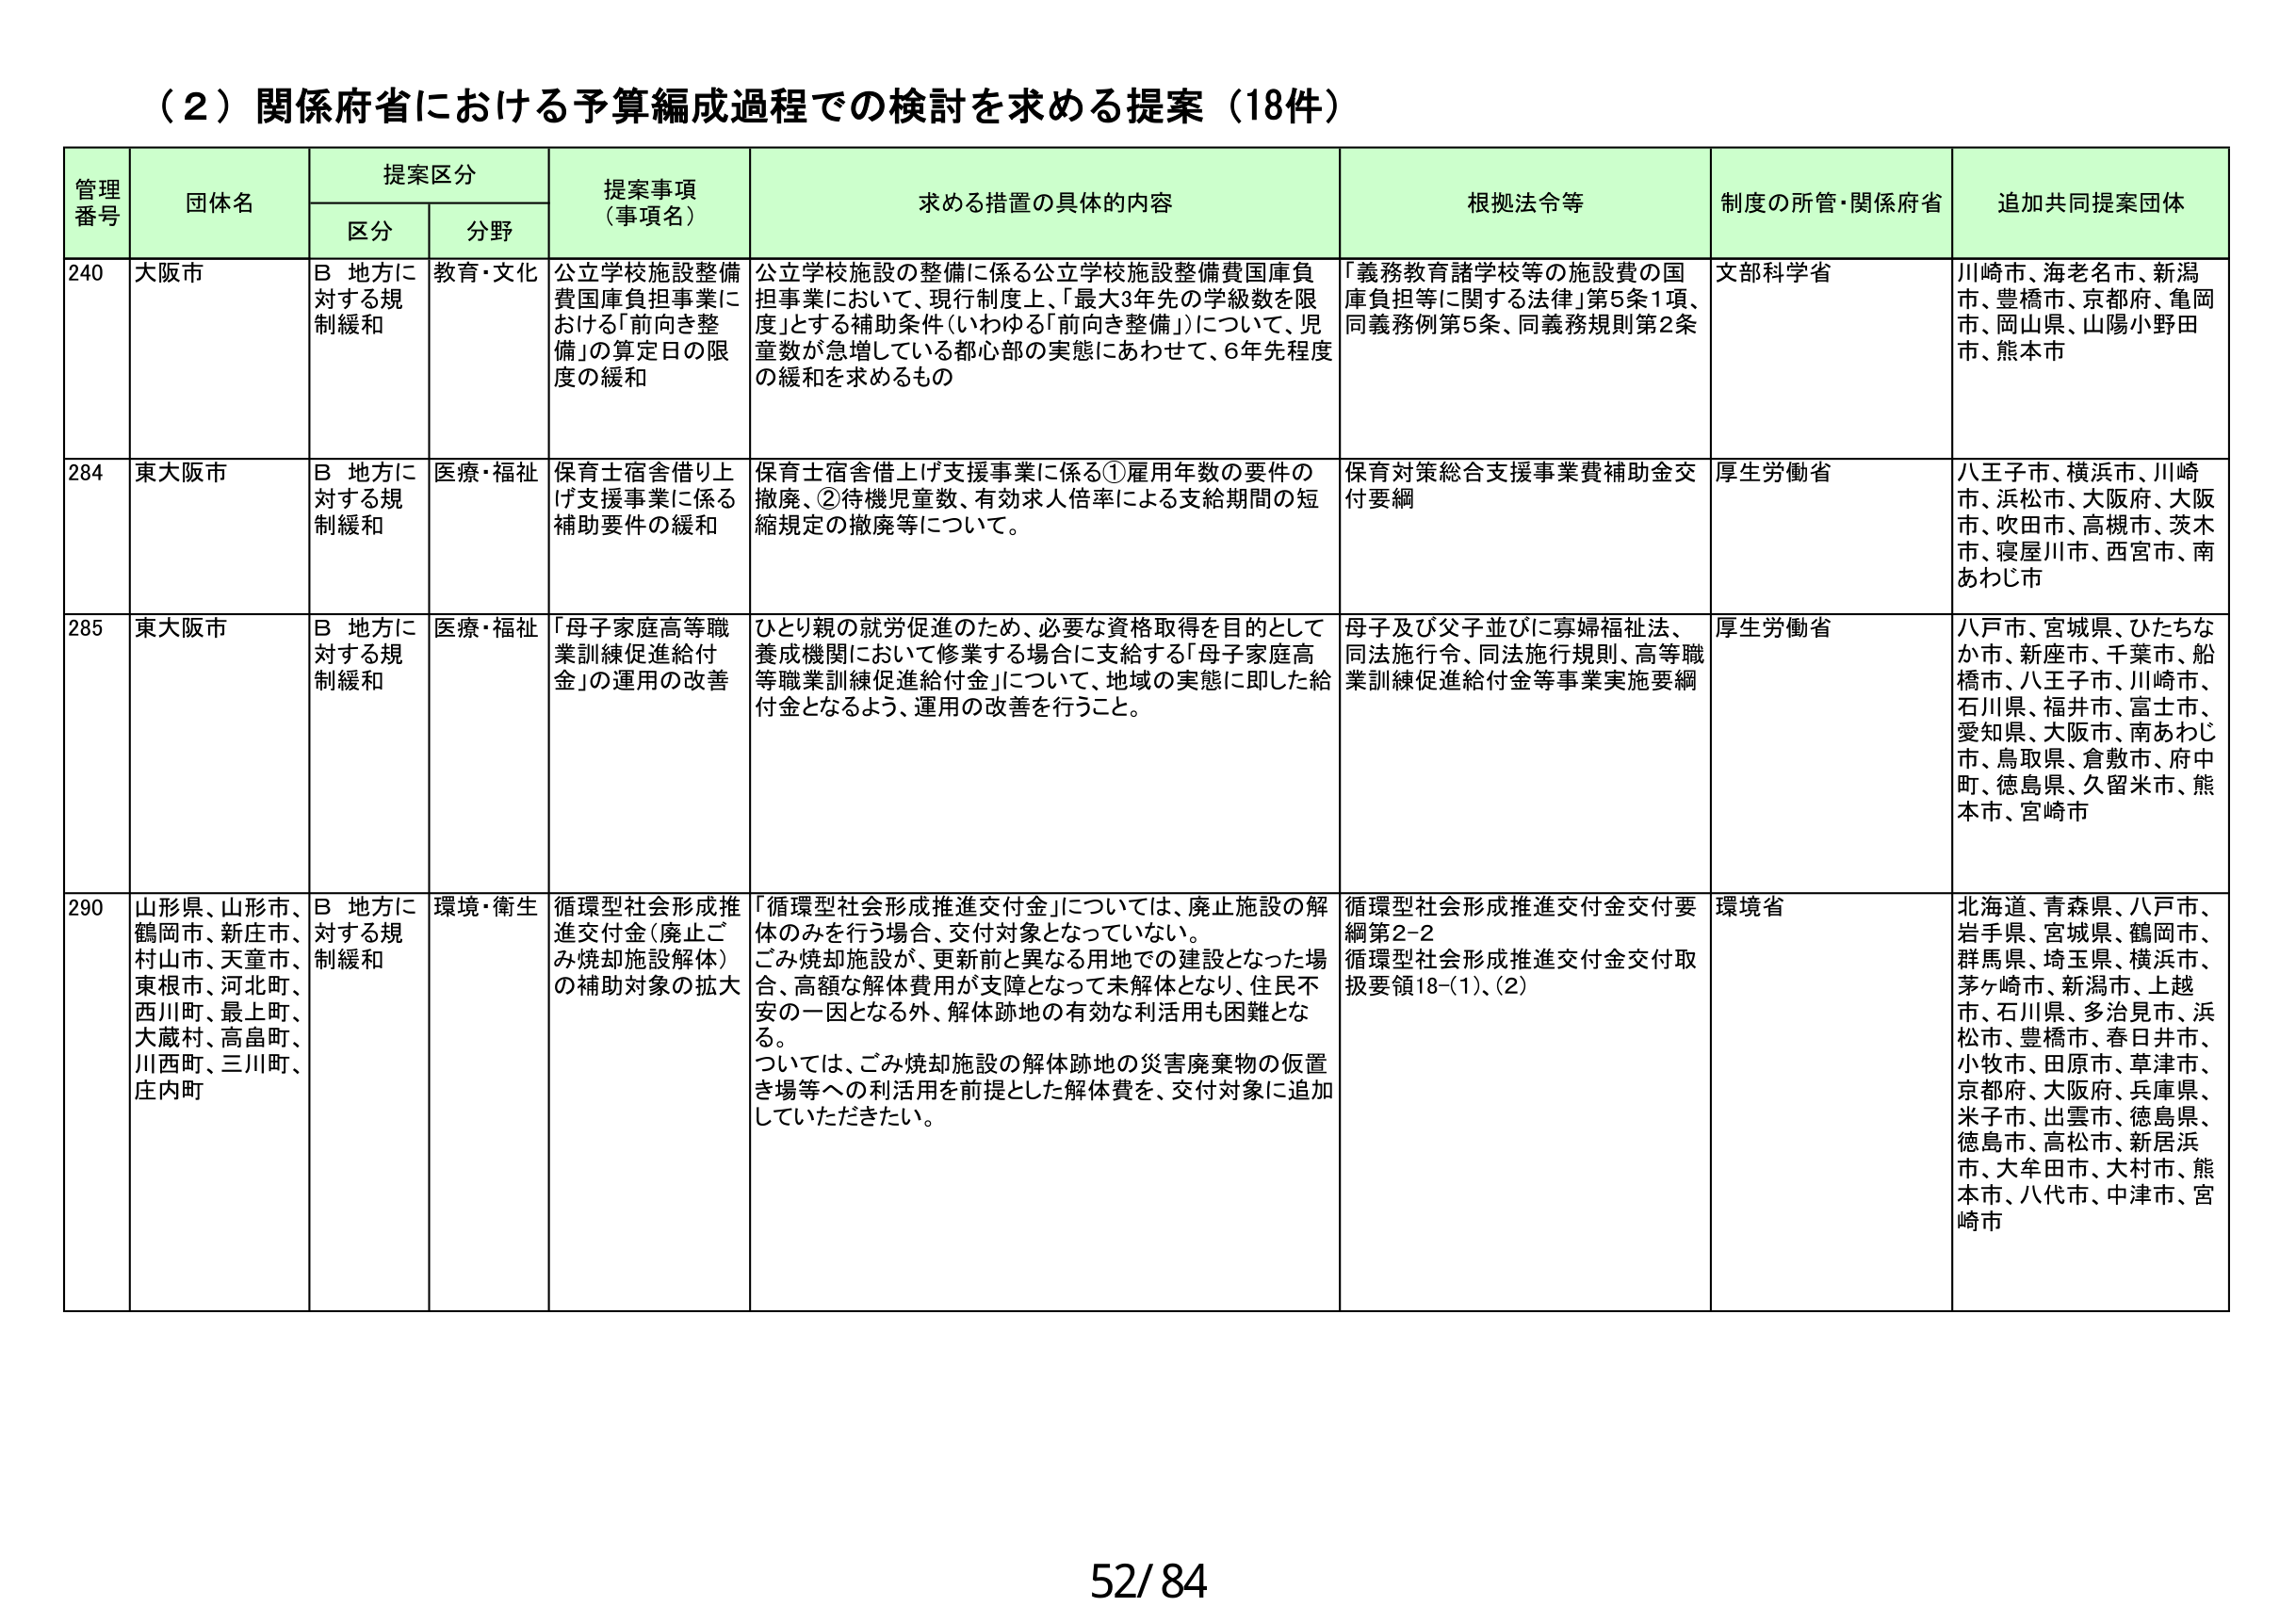
（２）関係府省における予算編成過程での検討を求める提案（18件）

管理番号　団体名　提案区分　提案事項（事項名）　求める措置の具体的内容　根拠法令等　制度の所管・関係府省　追加共同提案団体
　　　　　　区分　分野

240　大阪市　B 地方に対する規制緩和　教育・文化　公立学校施設整備費国庫負担事業における「前向き整備」の算定日の限度の緩和　公立学校施設の整備に係る公立学校施設整備費国庫負担事業において、現行制度上、「最大3年先の学級数を限度」とする補助条件（いわゆる「前向き整備」）について、児童数が急増している都心部の実態にあわせて、6年先程度の緩和を求めるもの　「義務教育諸学校等の施設費の国庫負担等に関する法律」第5条1項、同義務例第5条、同義務規則第2条　文部科学省　川崎市、海老名市、新潟市、豊橋市、京都府、亀岡市、岡山県、山陽小野田市、熊本市

284　東大阪市　B 地方に対する規制緩和　医療・福祉　保育士宿舎借り上げ支援事業に係る補助要件の緩和　保育士宿舎借り上げ支援事業に係る①雇用年数の要件の撤廃、②待機児童数、有効求人倍率による支給期間の短縮規定の撤廃等について。　保育対策総合支援事業費補助金交付要綱　厚生労働省　八王子市、横浜市、川崎市、浜松市、大阪府、大阪市、吹田市、高槻市、茨木市、寝屋川市、西宮市、南あわじ市

285　東大阪市　B 地方に対する規制緩和　医療・福祉　「母子家庭高等職業訓練促進給付金」の運用の改善　ひとり親の就労促進のため、必要な資格取得を目的として養成機関において修業する場合に支給する「母子家庭高等職業訓練促進給付金」について、地域の実態に即した給付金となるよう、運用の改善を行うこと。　母子及び父子並びに寡婦福祉法、同法施行令、同法施行規則、高等職業訓練促進給付金等事業実施要綱　厚生労働省　八戸市、宮城県、ひたちなか市、新座市、千葉市、船橋市、八王子市、川崎市、石川県、福井市、富士市、愛知県、大阪市、南あわじ市、鳥取県、倉敷市、府中町、徳島県、久留米市、熊本市、宮崎市

290　山形県、山形市、鶴岡市、新庄市、村山市、天童市、東根市、河北町、西川町、最上町、大蔵村、高畠町、川西町、三川町、庄内町　B 地方に対する規制緩和　環境・衛生　循環型社会形成推進交付金（廃止ごみ焼却施設解体）の補助対象の拡大　「循環型社会形成推進交付金」については、廃止施設の解体のみを行う場合、交付対象となっていない。ごみ焼却施設が、更新前と異なる用地での建設となった場合、高額な解体費用が支障となって未解体となり、住民不安の一因となる外、解体跡地の有効な利活用も困難となる。ついては、ごみ焼却施設の解体跡地の災害廃棄物の仮置き場等への利活用を前提とした解体費を、交付対象に追加していただきたい。　循環型社会形成推進交付金交付要綱第2-2　循環型社会形成推進交付金交付取扱要領18-(1)、(2)　環境省　北海道、青森県、八戸市、岩手県、宮城県、鶴岡市、群馬県、埼玉県、横浜市、茅ヶ崎市、新潟市、上越市、石川県、多治見市、浜松市、豊橋市、春日井市、小牧市、田原市、草津市、京都府、大阪府、兵庫県、米子市、出雲市、徳島県、徳島市、高松市、新居浜市、大牟田市、大村市、熊本市、八代市、中津市、宮崎市

52/84